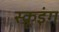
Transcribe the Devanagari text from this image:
स्क्रूइंग